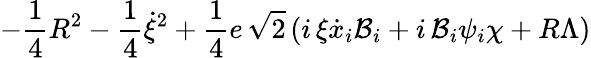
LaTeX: -\frac{1}{4}R^{2}-\frac{1}{4}\dot{\xi}^{2}+\frac{1}{4}e\, \sqrt{2}\left(i\, \xi\dot{x}_{i}{\cal{B}}_{i}+i\, {\cal{B}}_{i}\psi_{i}\chi+R\Lambda\right)